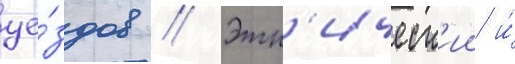
уе́здов // Этн'ическ'ии и́